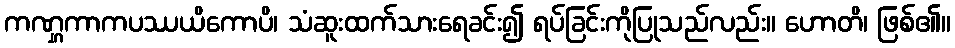
ကဏ္ဋကာကပဿယိကောပိ၊ သံဆူးထက်သားရေခင်း၍ ရပ်ခြင်းကိုပြုသည်လည်း။ ဟောတိ၊ ဖြစ်၏။